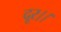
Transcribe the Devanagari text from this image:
दूर।।